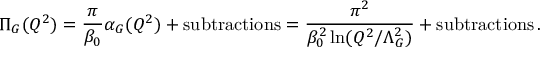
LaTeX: \Pi _ { G } ( Q ^ { 2 } ) = \frac { \pi } { \beta _ { 0 } } \alpha _ { G } ( Q ^ { 2 } ) + \mathrm { s u b t r a c t i o n s } = \frac { \pi ^ { 2 } } { \beta _ { 0 } ^ { 2 } \ln ( Q ^ { 2 } / \Lambda _ { G } ^ { 2 } ) } + \mathrm { s u b t r a c t i o n s } \, .